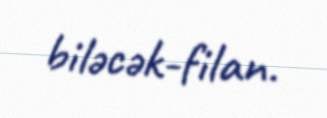
biləcək-filan.